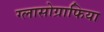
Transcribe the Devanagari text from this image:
ग्लासोग्राफिया